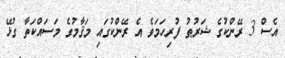
އެސް 3 ރޭންކުގެ ޝަރުޠު ފުރިހަމަވެ އެ ރޭންކުގައި މަޤާމުގެ މަސައްކަތާ ގުޅޭ